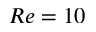
R e = 1 0